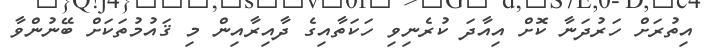
އިތުރަށް ހަރުދަނާ ކޮށް އިއާދަ ކުރެނިވި ހަކަތާއިގެ ދާއިރާއިން މި ޤައުމުތަކަށް ބޭނުންވާ